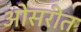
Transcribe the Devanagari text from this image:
ओसरीत